Indian journal of veterinary science and animal husbandry - Volume 14,
Year: 1944
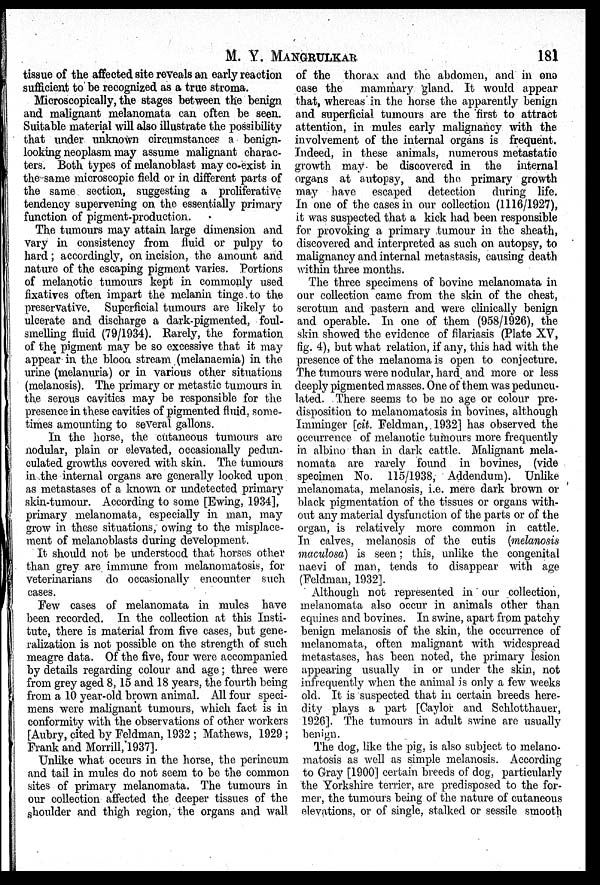
M. Y.
MANGRULKAR
181
tissue of the affected site reveals an early reaction
sufficient to be recognized as a true stroma.
Microscopically, the stages between the benign
and malignant melanomata can often be seen.
Suitable material will also illustrate the possibility
that under unknown circumstances a benign-
looking neoplasm may assume malignant charac-
ters. Both types of melanoblast may co-exist in
the same microscopic field or in different parts of
the same section, suggesting a proliferative
tendency supervening on the essentially primary
function of pigment-production.
The tumours may attain large dimension and
vary in consistency from fluid or pulpy to
hard; accordingly, on incision, the amount and
nature of the escaping pigment varies. Portions
of melanotic tumours kept in commonly used
fixatives often impart the melanin tinge to the
preservative. Superficial tumours are likely to
ulcerate and discharge a dark-pigmented, foul-
smelling fluid (79/1934). Rarely, the formation
of the pigment may be so excessive that it may
appear in the blood stream (melanaemia) in the
urine (melanuria) or in various other situations
(melanosis). The primary or metastic tumours in
the serous cavities may be responsible for the
presence in these cavities of pigmented fluid, some-
times amounting to several gallons.
In the horse, the cutaneous tumours are
nodular, plain or elevated, occasionally pedun-
culated growths covered with skin. The tumours
in the internal organs are generally looked upon
as metastases of a known or undetected primary
skin-tumour. According to some [Ewing, 1934],
primary melanomata, especially in man, may
grow in these situations, owing to the misplace-
ment of melanoblasts during development.
It should not be understood that horses other
than grey are immune from melanomatosis, for
veterinarians do occasionally encounter such
cases.
Few cases of melanomata in mules have
been recorded. In the collection at this Insti-
tute, there is material from five cases, but gene-
ralization is not possible on the strength of such
meagre data. Of the five, four were accompanied
by details regarding colour and age; three were
from grey aged 8, 15 and 18 years, the fourth being
from a 10 year-old brown animal. All four speci-
mens were malignant tumours, which fact is in
conformity with the observations of other workers
[Aubry, cited by Feldman, 1932; Mathews, 1929;
Frank and Morrill, 1937].
Unlike what occurs in the horse, the perineum
and tail in mules do not seem to be the common
sites of primary melanomata. The tumours in
our collection affected the deeper tissues of the
shoulder and thigh region, the organs and wall
of the thorax and the abdomen, and in one
case the mammary gland. It would appear
that, whereas in the horse the apparently benign
and superficial tumours are the first to attract
attention, in mules early malignancy with the
involvement of the internal organs is frequent.
Indeed, in these animals, numerous metastatic
growth may be discovered in the internal
organs at autopsy, and the primary growth
may have escaped detection during life.
In one of the cases in our collection (1116/1927),
it was suspected that a kick had been responsible
for provoking a primary tumour in the sheath,
discovered and interpreted as such on autopsy, to
malignancy and internal metastasis, causing death
within three months.
The three specimens of bovine melanomata in
our collection came from the skin of the chest,
scrotum and pastern and were clinically benign
and operable. In one of them (958/1926), the
skin showed the evidence of filariasis (Plate XV,
fig. 4), but what relation, if any, this had with the
presence of the melanoma is open to conjecture.
The tumours were nodular, hard and more or less
deeply pigmented masses. One of them was peduncu-
lated. There seems to be no age or colour pre-
disposition to melanomatosis in bovines, although
Imminger [cit. Feldman, 1932] has observed the
occurrence of melanotic tumours more frequently
in albino than in dark cattle. Malignant mela-
nomata are rarely found in bovines, (vide
specimen No. 115/1938, Addendum). Unlike
melanomata, melanosis, i.e. mere dark brown or
black pigmentation of the tissues or organs with-
out any material dysfunction of the parts or of the
organ, is relatively more common in cattle.
In calves, melanosis of the cutis (melanosis
maculosa) is seen; this, unlike the congenital
naevi of man, tends to disappear with age
(Feldman, 1932].
Although not represented in our collection,
melanomata also occur in animals other than
equines and bovines. In swine, apart from patchy
benign melanosis of the skin, the occurrence of
melanomata, often malignant with widespread
metastases, has been noted, the primary lesion
appearing usually in or under the skin, not
infrequently when the animal is only a few weeks
old. It is suspected that in certain breeds here-
dity plays a part [Caylor and Schlotthauer,
1926]. The tumours in adult swine are usually
benign.
The dog, like the pig, is also subject to melano-
matosis as well as simple melanosis. According
to Gray [1900] certain breeds of dog, particularly
the Yorkshire terrier, are predisposed to the for-
mer, the tumours being of the nature of cutaneous
elevations, or of single, stalked or sessile smooth